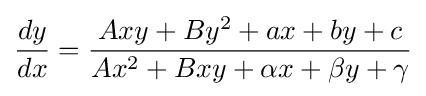
{\frac {dy}{dx}}={\frac {Axy+By^{2}+ax+by+c}{Ax^{2}+Bxy+\alpha x+\beta y+\gamma }}